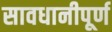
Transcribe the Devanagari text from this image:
सावधानीपूर्ण